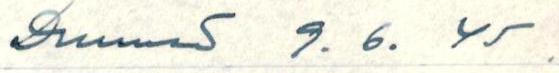
Drunnas 9. 6. 45.